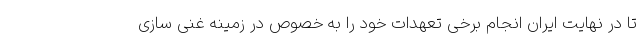
تا در نهایت ایران انجام برخی تعهدات خود را به خصوص در زمینه غنی سازی